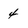
Character: 4